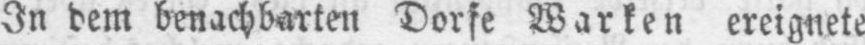
In dem benachbarten Dorfe Warken ereignete